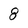
Character: 8